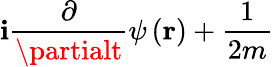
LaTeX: \mathbf{i}\frac{{\partial}}{{\partialt}}\psi\left(\mathbf{{r}}\right)+\frac{{1}}{{2m}}